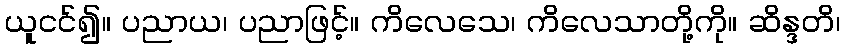
ယူငင်၍။ ပညာယ၊ ပညာဖြင့်။ ကိလေသေ၊ ကိလေသာတို့ကို။ ဆိန္ဒတိ၊